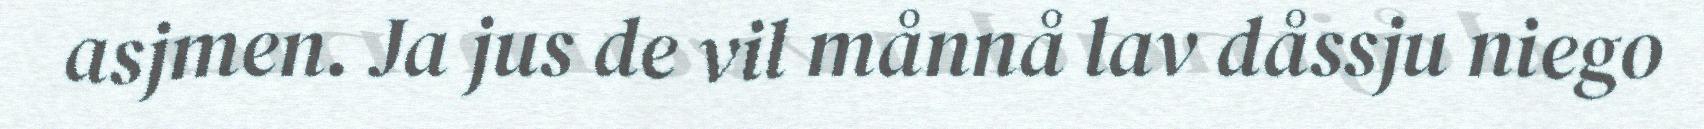
asjmen. Ja jus de vil månnå lav dåssju niego